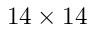
1 4 \times 1 4